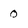
Character: 0